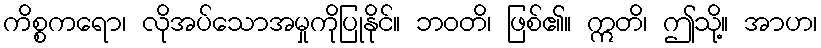
ကိစ္စကရော၊ လိုအပ်သောအမှုကိုပြုနိုင်။ ဘဝတိ၊ ဖြစ်၏။ ဣတိ၊ ဤသို့။ အာဟ၊